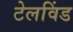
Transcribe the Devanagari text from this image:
टेलविंड